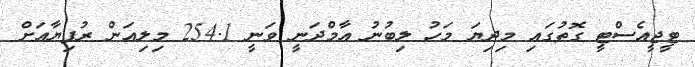
ޓީޖީއެސްޓީ ގޮތުގައި މިދިޔަ މަހު ލިބުނު އާމްދަނީ ވަނީ 254.1 މިލިއަން ރުފިޔާއަށް